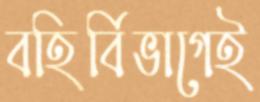
বহির্বিভাগেই